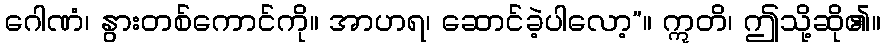
ဂေါဏံ၊ နွားတစ်ကောင်ကို။ အာဟရ၊ ဆောင်ခဲ့ပါလော့”။ ဣတိ၊ ဤသို့ဆို၏။